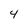
Character: 4